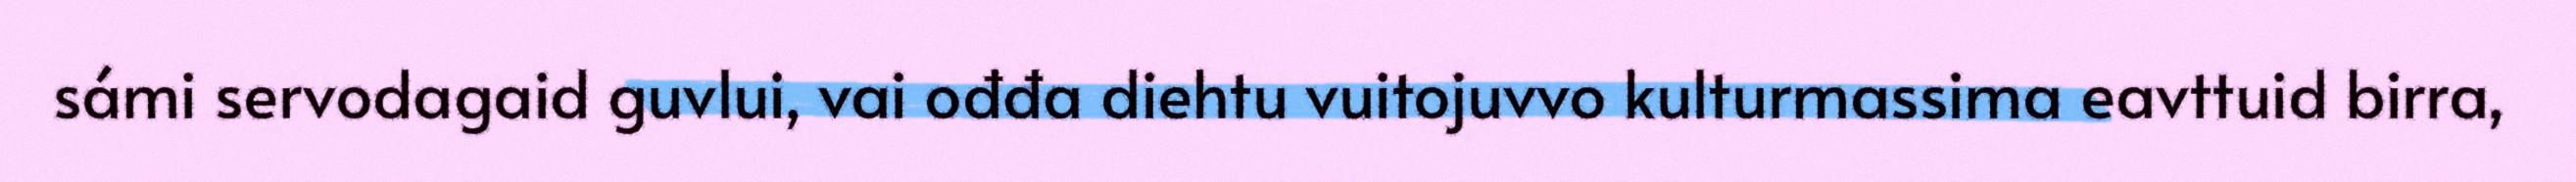
sámi servodagaid guvlui, vai ođđa diehtu vuitojuvvo kulturmassima eavttuid birra,